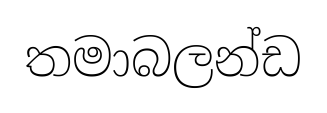
තමාබලන්ඩ